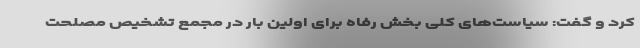
کرد و گفت: سیاست‌های کلی بخش رفاه برای اولین بار در مجمع تشخیص مصلحت